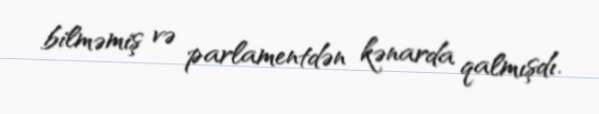
bilməmiş və parlamentdən kənarda qalmışdı.